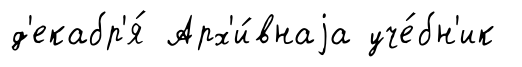
д'екабр'я́ Арх'и́внаjа уче́бн'ик